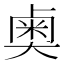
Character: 𫯱